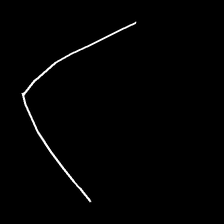
Glyph: region